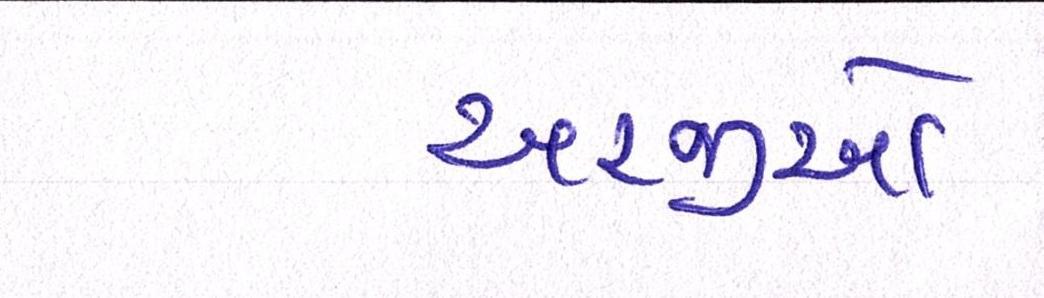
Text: અરજીઓ